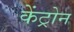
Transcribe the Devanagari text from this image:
केंट्रोन